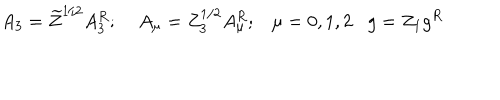
LaTeX: A _ { 3 } = \widetilde { Z } ^ { 1 / 2 } A _ { 3 } ^ { R } ; \; A _ { \mu } = Z _ { 3 } ^ { 1 / 2 } A _ { \mu } ^ { R } ; \mu = 0 , 1 , 2 g = Z _ { 1 } g ^ { R }